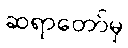
ဆရာတော်မှ